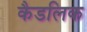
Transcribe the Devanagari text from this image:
कैडलिक